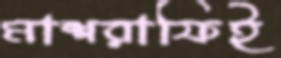
মাশরাফিই